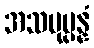
အသမုပ္ပန္နံ